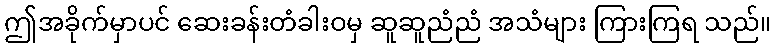
ဤအခိုက်မှာပင် ဆေးခန်းတံခါးဝမှ ဆူဆူညံညံ အသံများ ကြားကြရ သည်။